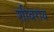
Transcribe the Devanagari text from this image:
शीवराय